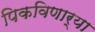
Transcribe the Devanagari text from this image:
पिकविणार्‍या